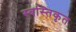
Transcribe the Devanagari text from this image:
स्वस्तिकृत